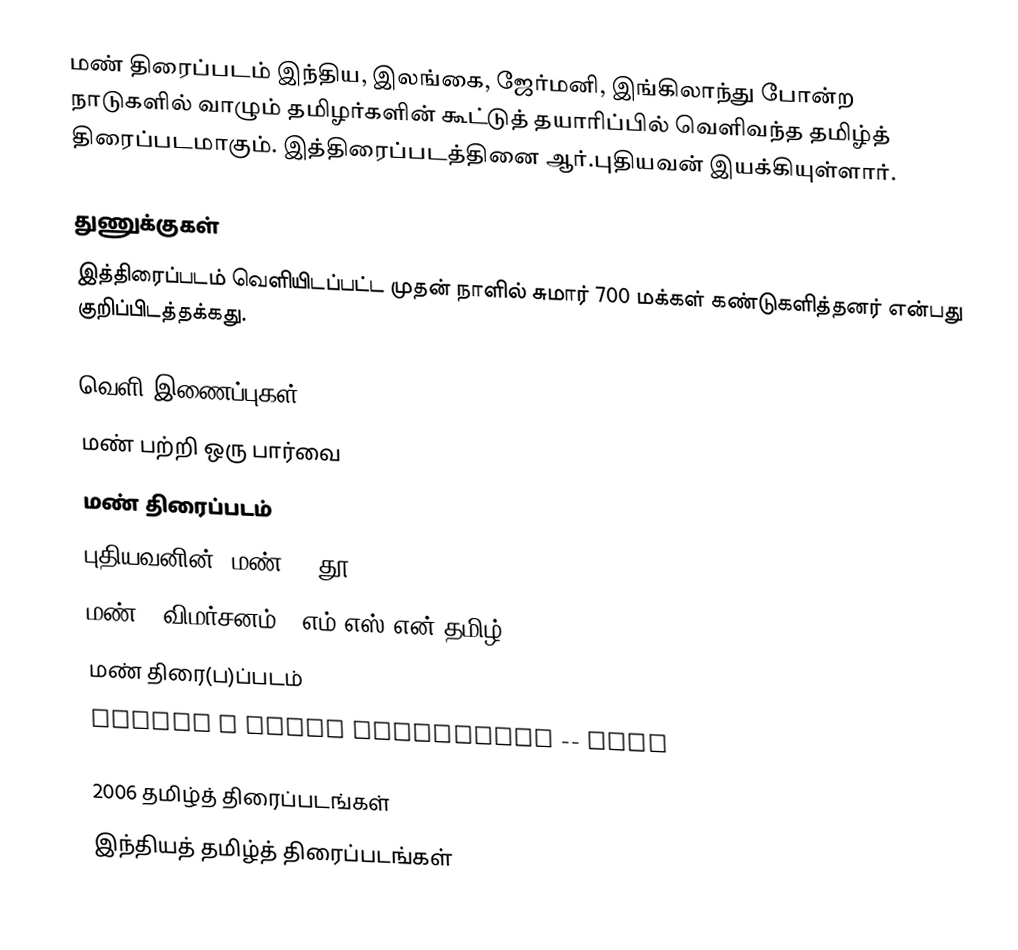
மண் திரைப்படம் இந்திய, இலங்கை, ஜேர்மனி, இங்கிலாந்து போன்ற நாடுகளில் வாழும் தமிழர்களின் கூட்டுத் தயாரிப்பில் வெளிவந்த தமிழ்த் திரைப்படமாகும். இத்திரைப்படத்தினை ஆர்.புதியவன் இயக்கியுள்ளார்.

துணுக்குகள்
இத்திரைப்படம் வெளியிடப்பட்ட முதன் நாளில் சுமார் 700 மக்கள் கண்டுகளித்தனர் என்பது குறிப்பிடத்தக்கது.

வெளி இணைப்புகள்
 மண் பற்றி ஒரு பார்வை
 மண் திரைப்படம்
 புதியவனின் 'மண்' - தூ
 மண் - விமர்சனம் - எம்.எஸ்.என் தமிழ்
 மண் திரை(ப)ப்படம்
 Making a point poignantly -- Mann

2006 தமிழ்த் திரைப்படங்கள்
இந்தியத் தமிழ்த் திரைப்படங்கள்